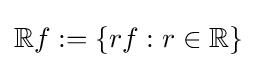
\mathbb {R} f:=\{rf:r\in \mathbb {R} \}